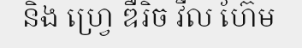
និង ហ្វ្រេ ឌឺរិច វីល ហ៊ែម